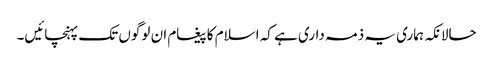
حالانکہ ہماری یہ ذمہ داری ہے کہ اسلام کا پیغام ان لوگوں تک پہنچائیں۔